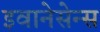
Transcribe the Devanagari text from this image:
इवानेसेन्स